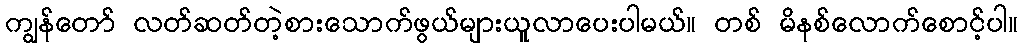
ကျွန်တော် လတ်ဆတ်တဲ့စားသောက်ဖွယ်များယူလာပေးပါမယ်။ တစ် မိနစ်လောက်စောင့်ပါ။